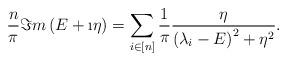
LaTeX: \begin{align*}\frac{n}{\pi}\Im{m\left(E+\i\eta\right)}=\sum_{i\in\left[n\right]}\frac{1}{\pi}\frac{\eta}{\left(\lambda_{i}-E\right)^{2}+\eta^{2}}.\end{align*}